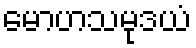
မောဟသမုဒယံ